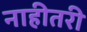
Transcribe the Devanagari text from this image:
नाहीतरी